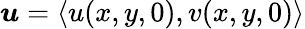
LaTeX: \boldsymbol{u}=\langle u(x,y,0),v(x,y,0)\rangle